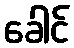
ခေါင်